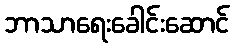
ဘာသာရေးခေါင်းဆောင်